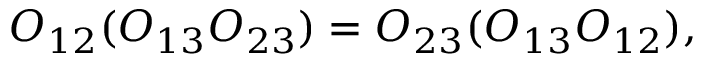
O _ { 1 2 } ( O _ { 1 3 } O _ { 2 3 } ) = O _ { 2 3 } ( O _ { 1 3 } O _ { 1 2 } ) ,